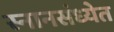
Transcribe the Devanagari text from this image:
स्नानसंध्येत